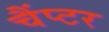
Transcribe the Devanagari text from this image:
चैंप्टर